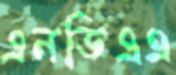
এনডিএএ